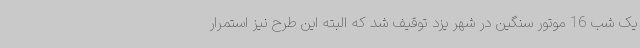
یک شب 16 موتور سنگین در شهر یزد توقیف شد که البته این طرح نیز استمرار